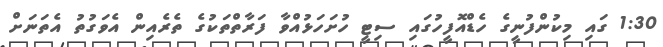
1:30 ގައި މިކުންފުނީގެ ހެޑްއޮފީހުގައި ސިޓީ ހުށަހަޅުއްވާ ފަރާތްތަކުގެ ތެރެއިން އެވަގުތު އެތަނަށް